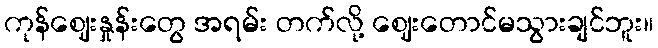
ကုန်ဈေးနှုန်းတွေ အရမ်း တက်လို့ ဈေးတောင်မသွားချင်ဘူး။